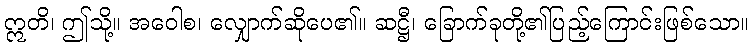
ဣတိ၊ ဤသို့။ အဝေါစ၊ လျှောက်ဆိုပေ၏။ ဆဋ္ဌီ၊ ခြောက်ခုတို့၏ပြည့်ကြောင်းဖြစ်သော။